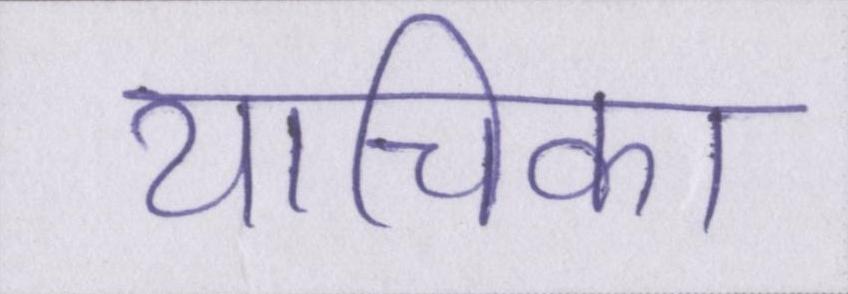
याचिका